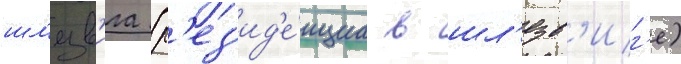
шл'езв'ига (р'ез'ид'е́нциа в шл'езв'иг'е)